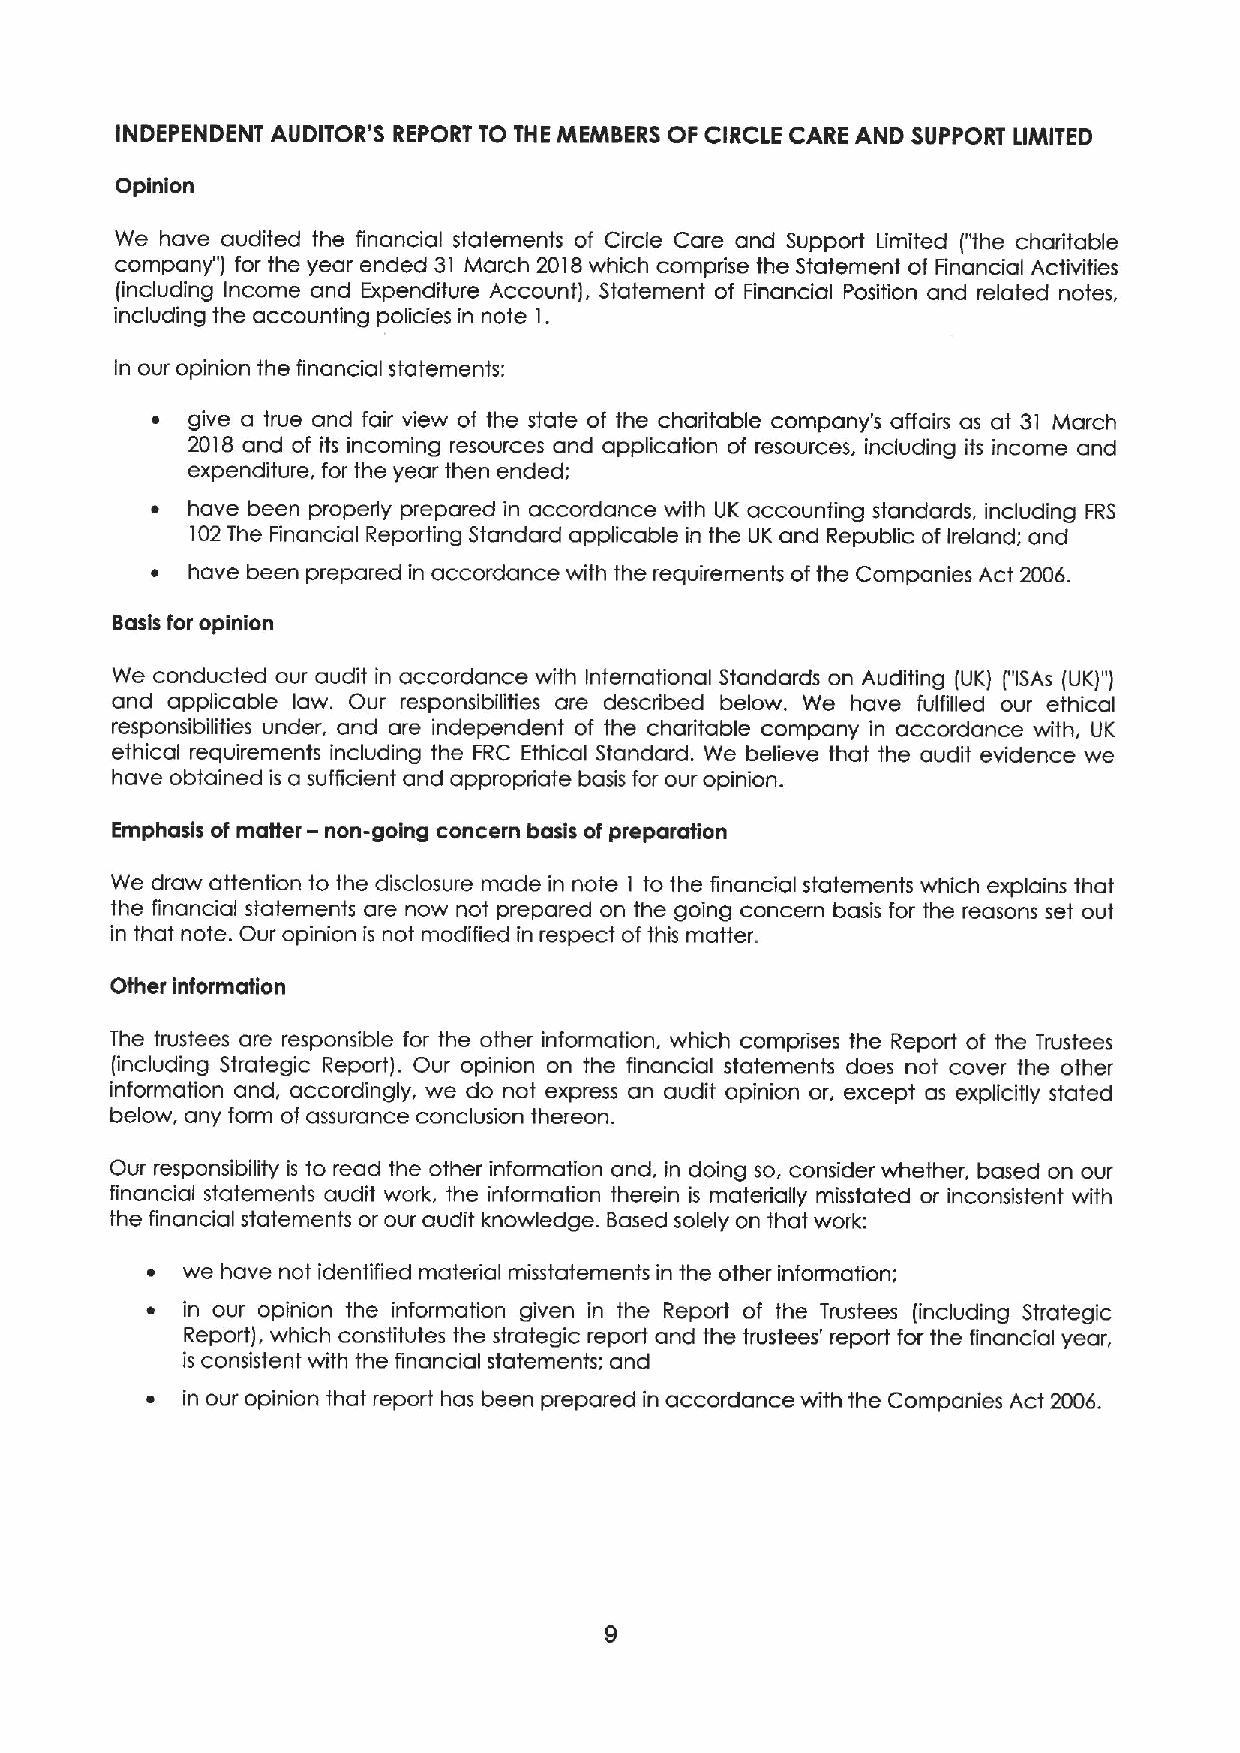
INDEPENDENT AUDITOR'S REPORT TO THE MEMBERS OF CIRCLE CARE AND SUPPORT LIMI'TED
 Opinion
 We have audited the financial statements of Circle Care and Support Limited ("the charitable
 company" ) for the year ended 31 March 2018which comprise the Statement of Financial Activities
 (including Income and Expenditure Account), Statement of Financial Position and related notes,
 including the accounting policies in note 1.
 In our opinion the financial statements:
 ~ give a true and fair view of the state of the charitable company's affairs as at 31 March
 2018 and of its incoming resources and application of resources, including its income and
 expenditure, for the year then ended;
 ~ have been properly prepared in accordance with UK accounting standards, including FRS
 102The Financial Reporting Standard applicable in the UK and Republic of Ireland; and
 ~ have been prepared in accordance with the requirements ofthe Companies Act 2006.
 Basis for opinion
 We conducted our audit in accordance with International Standards on Auditing (UK) ("ISAs (UK)")
 and applicable law. Our responsibilities are described below. We have fulfilled our ethical
 responsibilities under, and are independent of the charitable company in accordance with, UK
 ethical requirements including the FRC Ethical Standard. We believe that the audit evidence we
 have obtained is a sufficient and appropriate basis for our opinion.
 -
 Emphasis of matter non-going concern basis of preparation
 We draw attention to the disclosure made in note I to the financial statements which explains that
 the financial statements are now not prepared on the going concern basis for the reasons set out
 in that note. Our opinion is not modified in respect of this matter.
 Other information
 The trustees are responsible for the other information, which compriises the Report of the Trustees
 (including Strategic Report). Our opinion on the financial statements does not cover the other
 information and, accordingly, we do not express an audit opinion or, except as explicitly stated
 below, any form of assurance conclusion thereon.
 Our responsibility is to read the other information and, in doing so, consider whether, based on our
 financial statements audit work, the information therein is materiially misstated or inconsistent with
 the financial statements or our audit knowledge. Based solely on that work:
 ~ we have not identified material misstatements in the other information;
 ~ in our opinion the information given in the Report of the Trustees (including Strategic
 Report), which constitutes the strategic report and the trustees' report for the financial year,
 is consistent with the financial statements; and
 ~ in our opinion that report has been prepared in accordance with the Companies Act 2006.